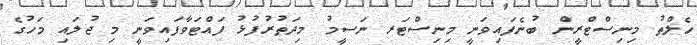
ހެލްތު މިނިސްޓްރީން ބުނެފައިވަނީ މިނިސްޓަރ ނަސީމު މިދަތުރުފުޅު ފައްޓަވާފައިވަނީ މި ޖުލައި މަހުގެ